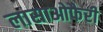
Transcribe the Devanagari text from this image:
लासाओफैरी